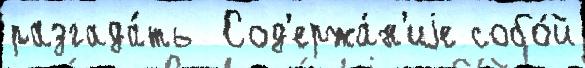
разгада́ть  Сод'ержа́н'иjе собо́й